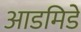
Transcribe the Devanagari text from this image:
आडमिडे